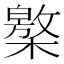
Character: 𣜥